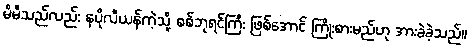
မိမိသည်လည်း နပိုလီယန်ကဲ့သို့ စစ်ဘုရင်ကြီး ဖြစ်အောင် ကြိုးစားမည်ဟု အားခဲခဲ့သည်။